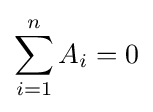
\sum _{i=1}^{n}A_{i}=0